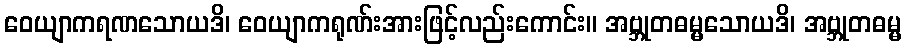
ဝေယျာကရဏသောယဒိ၊ ဝေယျာကရုဏ်းအားဖြင့်လည်းကောင်း။ အဗ္ဘုတဓမ္မသောယဒိ၊ အဗ္ဘုတဓမ္မ